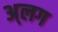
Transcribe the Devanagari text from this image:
अ्लग